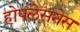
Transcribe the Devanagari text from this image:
होपलेसनेस